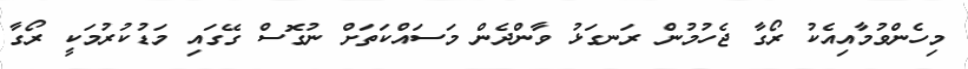
މިހެންވުމާއިއެކު ރޯގާ ޖެހުމުން ރަނގަޅު ވާންދެން މަސައްކަތަށް ނުގޮސް ގޭގައި މަޑުކުރުމަކީ ރޯގާ